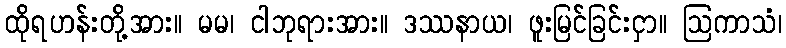
ထိုရဟန်းတို့အား။ မမ၊ ငါဘုရားအား။ ဒဿနာယ၊ ဖူးမြင်ခြင်းငှာ။ ဩကာသံ၊